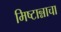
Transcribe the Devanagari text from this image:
मिष्टान्नाचा